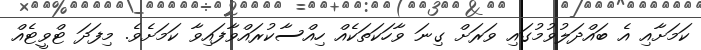
ކަމަށާއި އެ ބައްދަލުވުމުގައި ވަރަށް ގިނަ ވާހަކަތަކެއް ހިއްސާކުރައްވާފައިވާ ކަމަށެވެ. މިފަދަ ޓްވީޓެއް